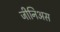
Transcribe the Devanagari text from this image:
जीनिअस